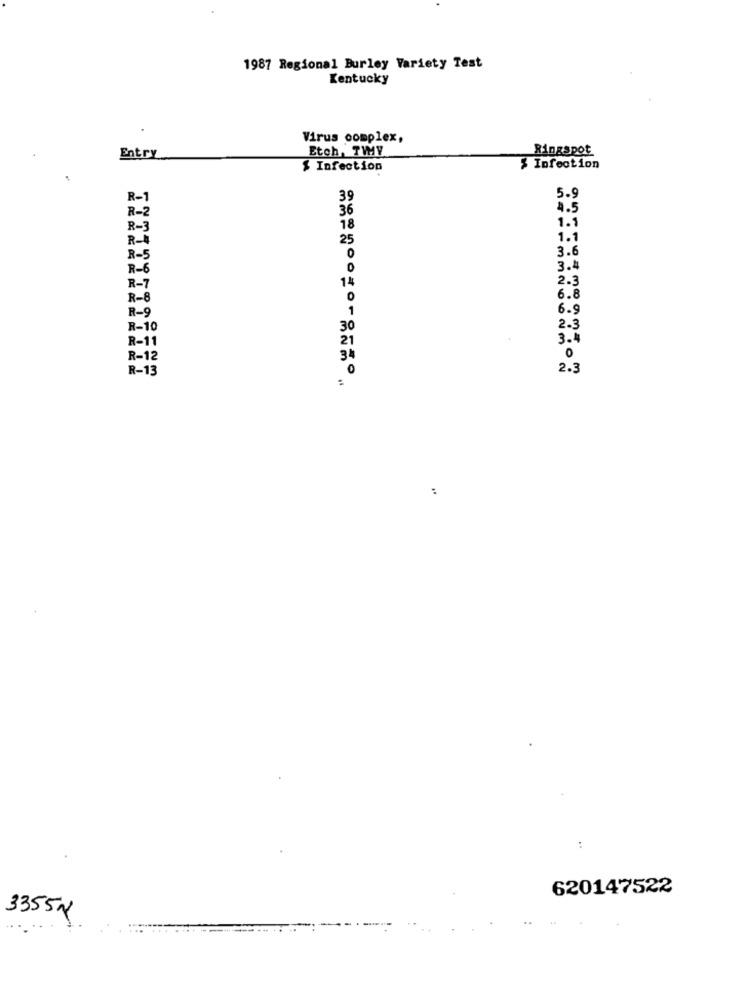
1987 Regional Burley Variety Test
Kentucky
Virus complex,
Etch, TWMY
Ringspot
Entry
$ Infection
% Infection
R-1
5.9
R - 2
36
4.5
R-3
18
1.1
R-4
25
1.1
3.6
R-5
R-6
3.4
2.3
R-7
14
R-6
6.8
R-9
6.9
R-10
2-3
R-11
3.4
R-12
0
R-13
2.3
:
:
620147522
33554